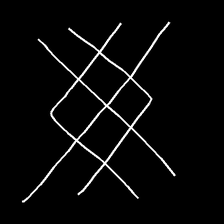
Glyph: crystal